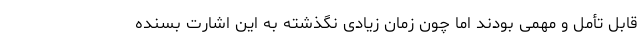
قابل تأمل و مهمی بودند اما چون زمان زیادی نگذشته به این اشارت بسنده